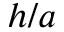
h / a